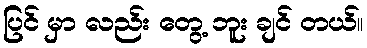
ပြင် မှာ လည်း တွေ့ ဘူး ချင် တယ်။